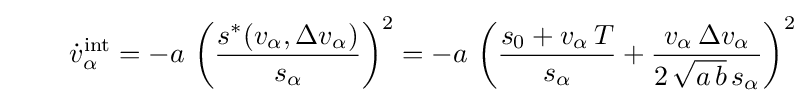
\qquad {\dot {v}}_{\alpha }^{\text{int}}=-a\,\left({\frac {s^{*}(v_{\alpha },\Delta v_{\alpha })}{s_{\alpha }}}\right)^{2}=-a\,\left({\frac {s_{0}+v_{\alpha }\,T}{s_{\alpha }}}+{\frac {v_{\alpha }\,\Delta v_{\alpha }}{2\,{\sqrt {a\,b}}\,s_{\alpha }}}\right)^{2}